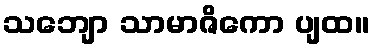
သဘျော သာမာဇိကော ပျထ။